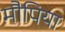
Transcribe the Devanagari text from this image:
मौपिया